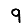
Digit: 9